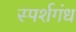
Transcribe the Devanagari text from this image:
स्पर्शगंध